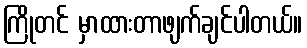
ကြိုတင် မှာထားတာဖျက်ချင်ပါတယ်။